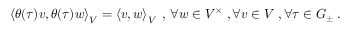
\left\langle \theta ( \tau ) v , \theta ( \tau ) w \right\rangle _ { V } = \left\langle v , w \right\rangle _ { V } \; , \, \forall w \in V ^ { \times } \; , \forall v \in V \; , \forall \tau \in G _ { \pm } \; .